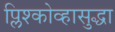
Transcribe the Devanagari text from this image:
प्लिश्कोव्हासुद्धा